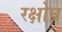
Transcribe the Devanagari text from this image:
रक्षोघ्र